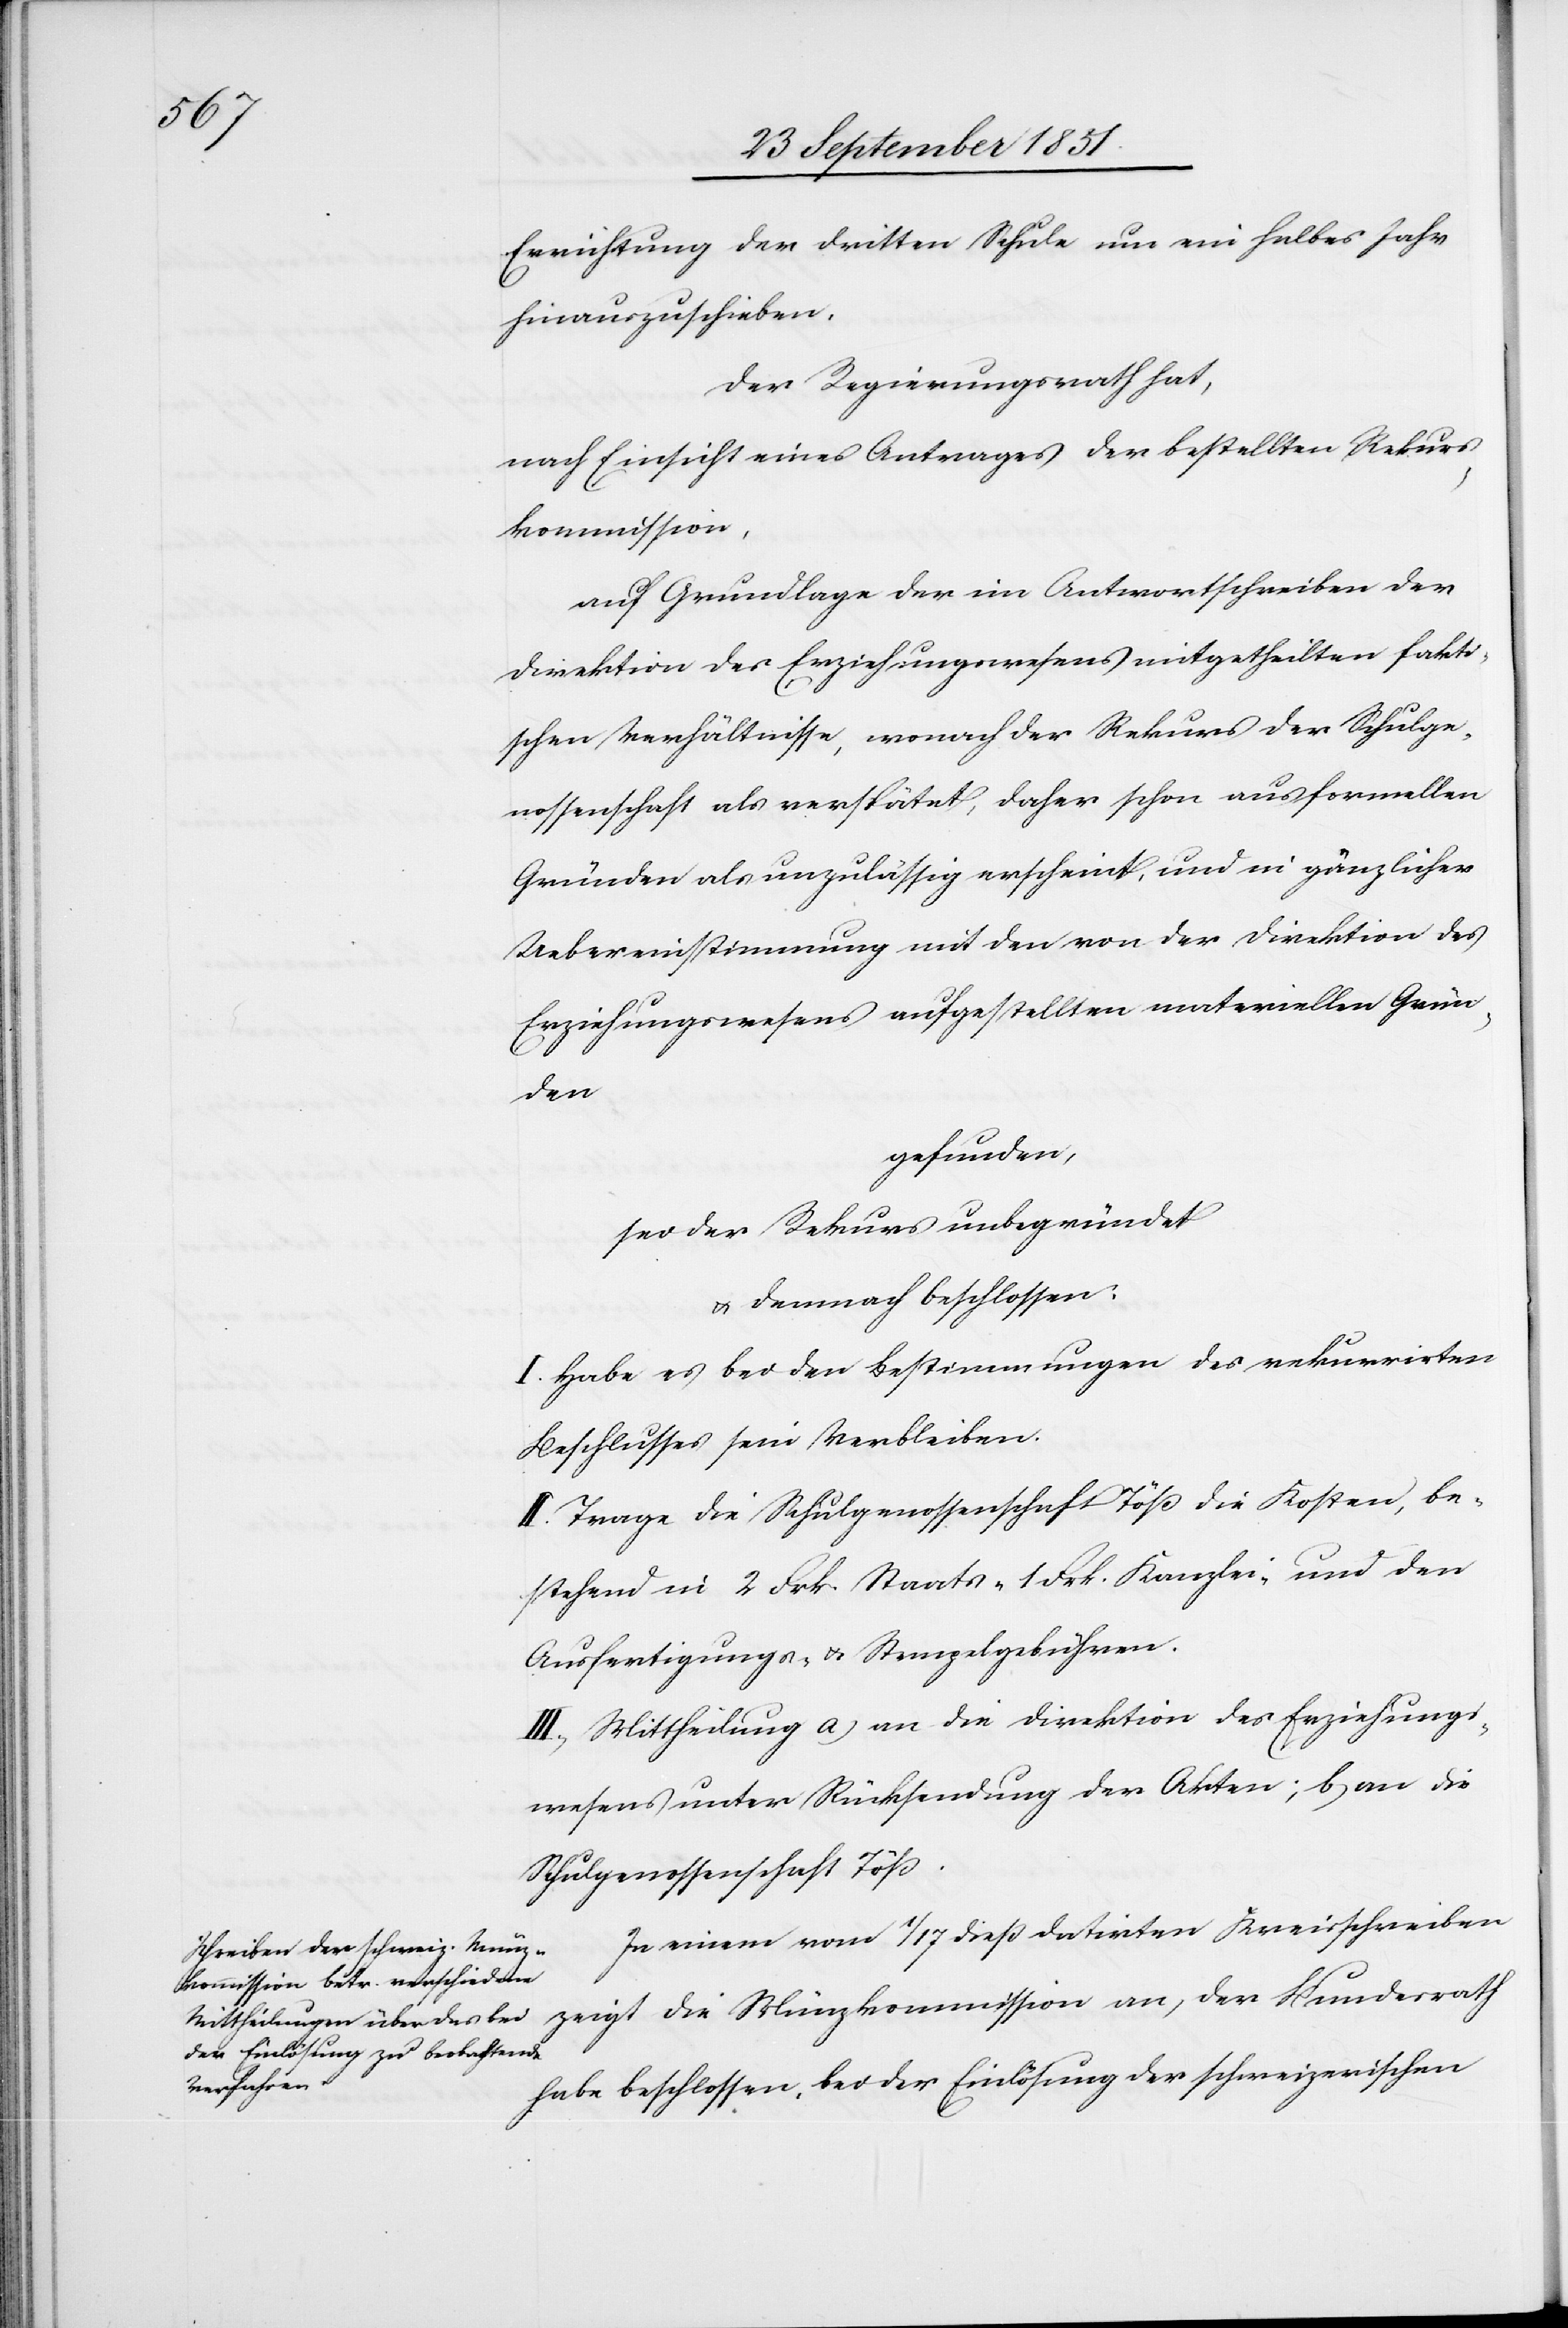
Errichtung der dritten Schule um ein halbes Jahr
hinauszuschieben.
Der Regierungsrath hat,
nach Einsicht eines Antrages der bestellten Rekurs¬
kommission,
auf Grundlage der im Antwortschreiben der
Direktion des Erziehungswesens mitgetheilten fakti¬
schen Verhältnisse, wonach der Rekurs der Schulge¬
nossenschaft als verspätet, daher schon aus formellen
Gründen als unzulässig erscheint, und in gänzlicher
Uebereinstimmung mit den von der Direktion des
Erziehungswesens aufgestellten materiellen Grün¬
den
gefunden,
sei der Rekurs unbegründet
& demnach beschlossen:
I. Habe es bei den Bestimmungen des rekurrirten
Beschlusses sein Verbleiben.
II. Trage die Schulgenossenschaft Töß die Kosten, be¬
stehend in 2 Frk. Staats-[,] 1 Frk. Kanzlei- und den
Ausfertigungs- & Stempelgebühren.
III) Mittheilung a) an die Direktion des Erziehungs¬
wesens unter Rücksendung der Akten; b) an die
Schulgenossenschaft Töß.
In einem vom 1 / 17 dieß datirten Kreisschreiben
zeigt die Münzkommission an, der Bundesrath
habe beschlossen, bei der Einlösung der schweizerischen